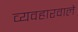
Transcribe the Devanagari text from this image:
व्यवहारवाले